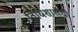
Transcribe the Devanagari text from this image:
विधिशाखेची